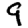
Digit: 9